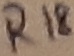
Text: R18